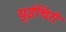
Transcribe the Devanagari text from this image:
यूईचिरो